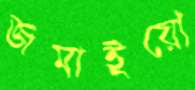
জমাইয়ো